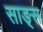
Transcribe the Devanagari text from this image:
साङ्स